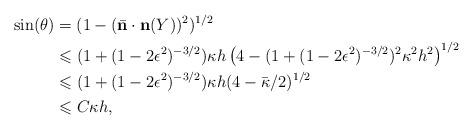
LaTeX: \begin{align*}\sin(\theta)&=(1-(\bar{\mathbf{ n}}\cdot\mathbf{ n}(Y))^2)^{1/2} \\&\leqslant (1+(1-2\epsilon^2)^{-3/2}) \kappa h \left( 4 - (1+(1-2\epsilon^2)^{-3/2})^2 \kappa^2 h^2 \right)^{1/2} \\&\leqslant (1+(1-2\epsilon^2)^{-3/2}) \kappa h (4 - \bar{\kappa}/2)^{1/2} \\&\leqslant C \kappa h,\end{align*}